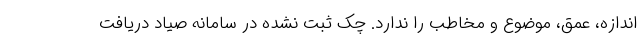
اندازه، عمق، موضوع و مخاطب را ندارد. چک ثبت نشده در سامانه صیاد دریافت